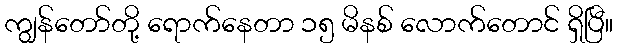
ကျွန်တော်တို့ ရောက်နေတာ ၁၅ မိနစ် လောက်တောင် ရှိပြီ။